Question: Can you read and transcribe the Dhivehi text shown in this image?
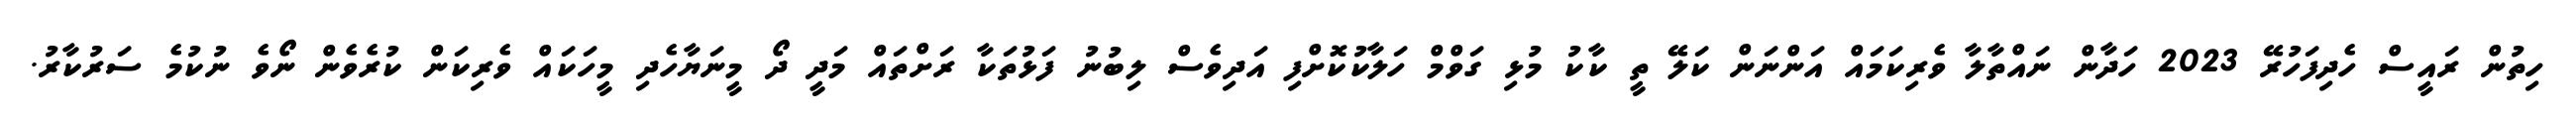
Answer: ހިތުން ރައީސް ހެދިފަހުރޭ 2023 ހަދާން ނައްތާލާ ވެރިކަމައް އަންނަން ކަލޭ ތީ ކާކު މުޅި ގަވްމް ހަލާކުކޮށްފި އަދިވެސް ލިބުނު ފަޅުތަކާ ރަށްތައް މަދީ ދޯ މީނަޔާހެދި މީހަކައް ވެރިކަން ކުރެވެން ނޯވެ ނުކުމެ ސަރުކާރު.